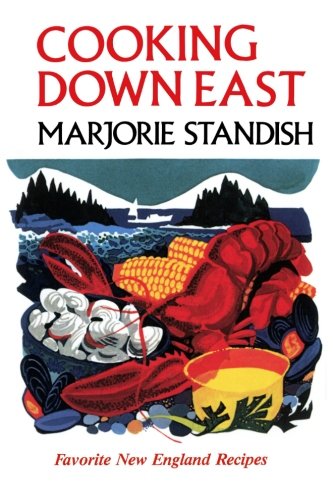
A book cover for Cooking Down East; Marjorie Standish; Cookbooks, Food & Wine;